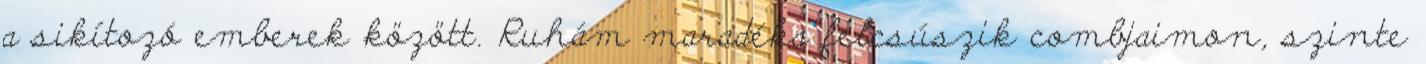
a sikítozó emberek között. Ruhám maradéka felcsúszik combjaimon, szinte